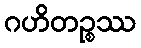
ဂဟိတဉ္စဿ